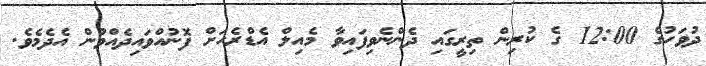
ދުވަހުގެ 12:00 ގެ ކުރިން ތިރީގައި ދެންނެވިފައިވާ މެއިލް އެޑްރެހަށް ފޮނުއްވައިދެއްވުން އެދެމެވެ.